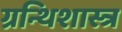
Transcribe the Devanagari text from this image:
ग्रन्थिशास्त्र